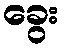
ခွေး